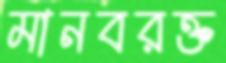
মানবরক্ত